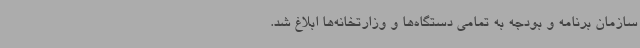
سازمان برنامه و بودجه به تمامی دستگاه‌ها و وزارتخانه‌ها ابلاغ شد.